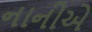
નાનીએ